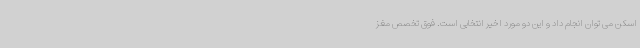
اسکن می توان انجام داد و این دو مورد اخیر انتخابی است. فوق تخصص مغز